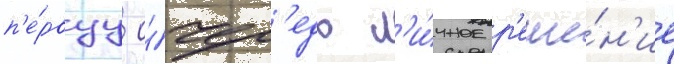
п'е́рвуу о́чер'едь л'и́чное р'еше́н'ие